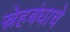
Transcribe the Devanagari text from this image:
स्नेहबंधाचे